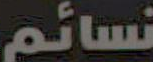
نسائم